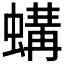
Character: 𱿼